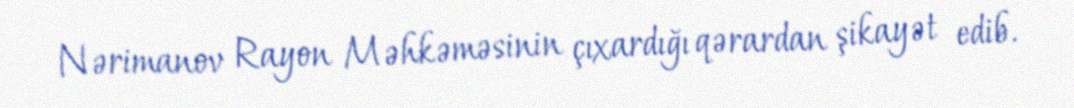
Nərimanov Rayon Məhkəməsinin çıxardığı qərardan şikayət edib.